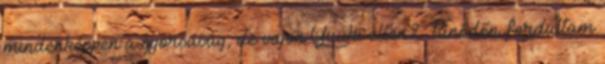
mindenképpen a gyorsaság, de vajon Yuuki ellen? Tűnődőn fordultam